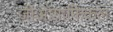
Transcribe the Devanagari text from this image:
जीओग्राफ़िकल